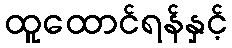
ထူထောင်ရန်နှင့်